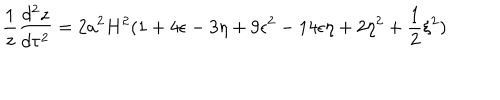
\frac { 1 } { z } \frac { d ^ { 2 } z } { d \tau ^ { 2 } } = 2 a ^ { 2 } H ^ { 2 } ( 1 + 4 \epsilon - 3 \eta + 9 \epsilon ^ { 2 } - 1 4 \epsilon \eta + 2 \eta ^ { 2 } + \frac { 1 } { 2 } \xi ^ { 2 } )